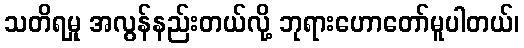
သတိရမှု အလွန်နည်းတယ်လို့ ဘုရားဟောတော်မူပါတယ်၊